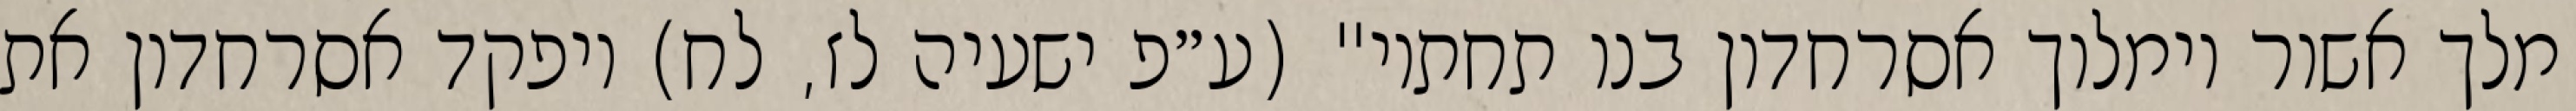
מלך אשור וימלוך אסרחדון בנו תחתיו" (ע״פ ישעיה לז, לח) ויפקד אסרחדון את